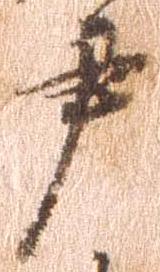
尹